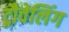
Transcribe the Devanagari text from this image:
ट्रौवेलिंग